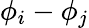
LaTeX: \phi_{i}-\phi_{j}